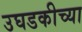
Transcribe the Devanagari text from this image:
उघडकीच्या